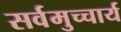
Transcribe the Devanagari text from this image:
सर्वमुच्चार्य